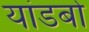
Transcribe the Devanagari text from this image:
यांडबो